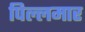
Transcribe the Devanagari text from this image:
पिल्लमार